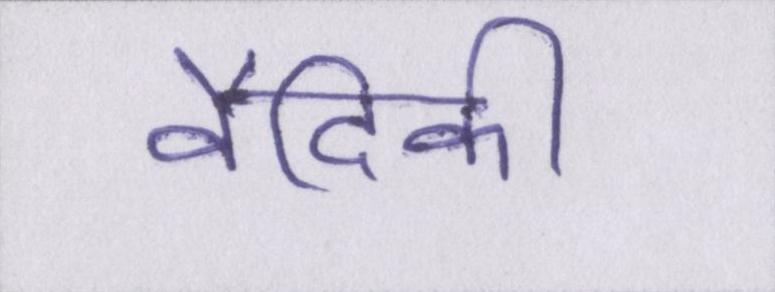
वैदिकी